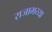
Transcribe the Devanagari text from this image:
राजाभय्या